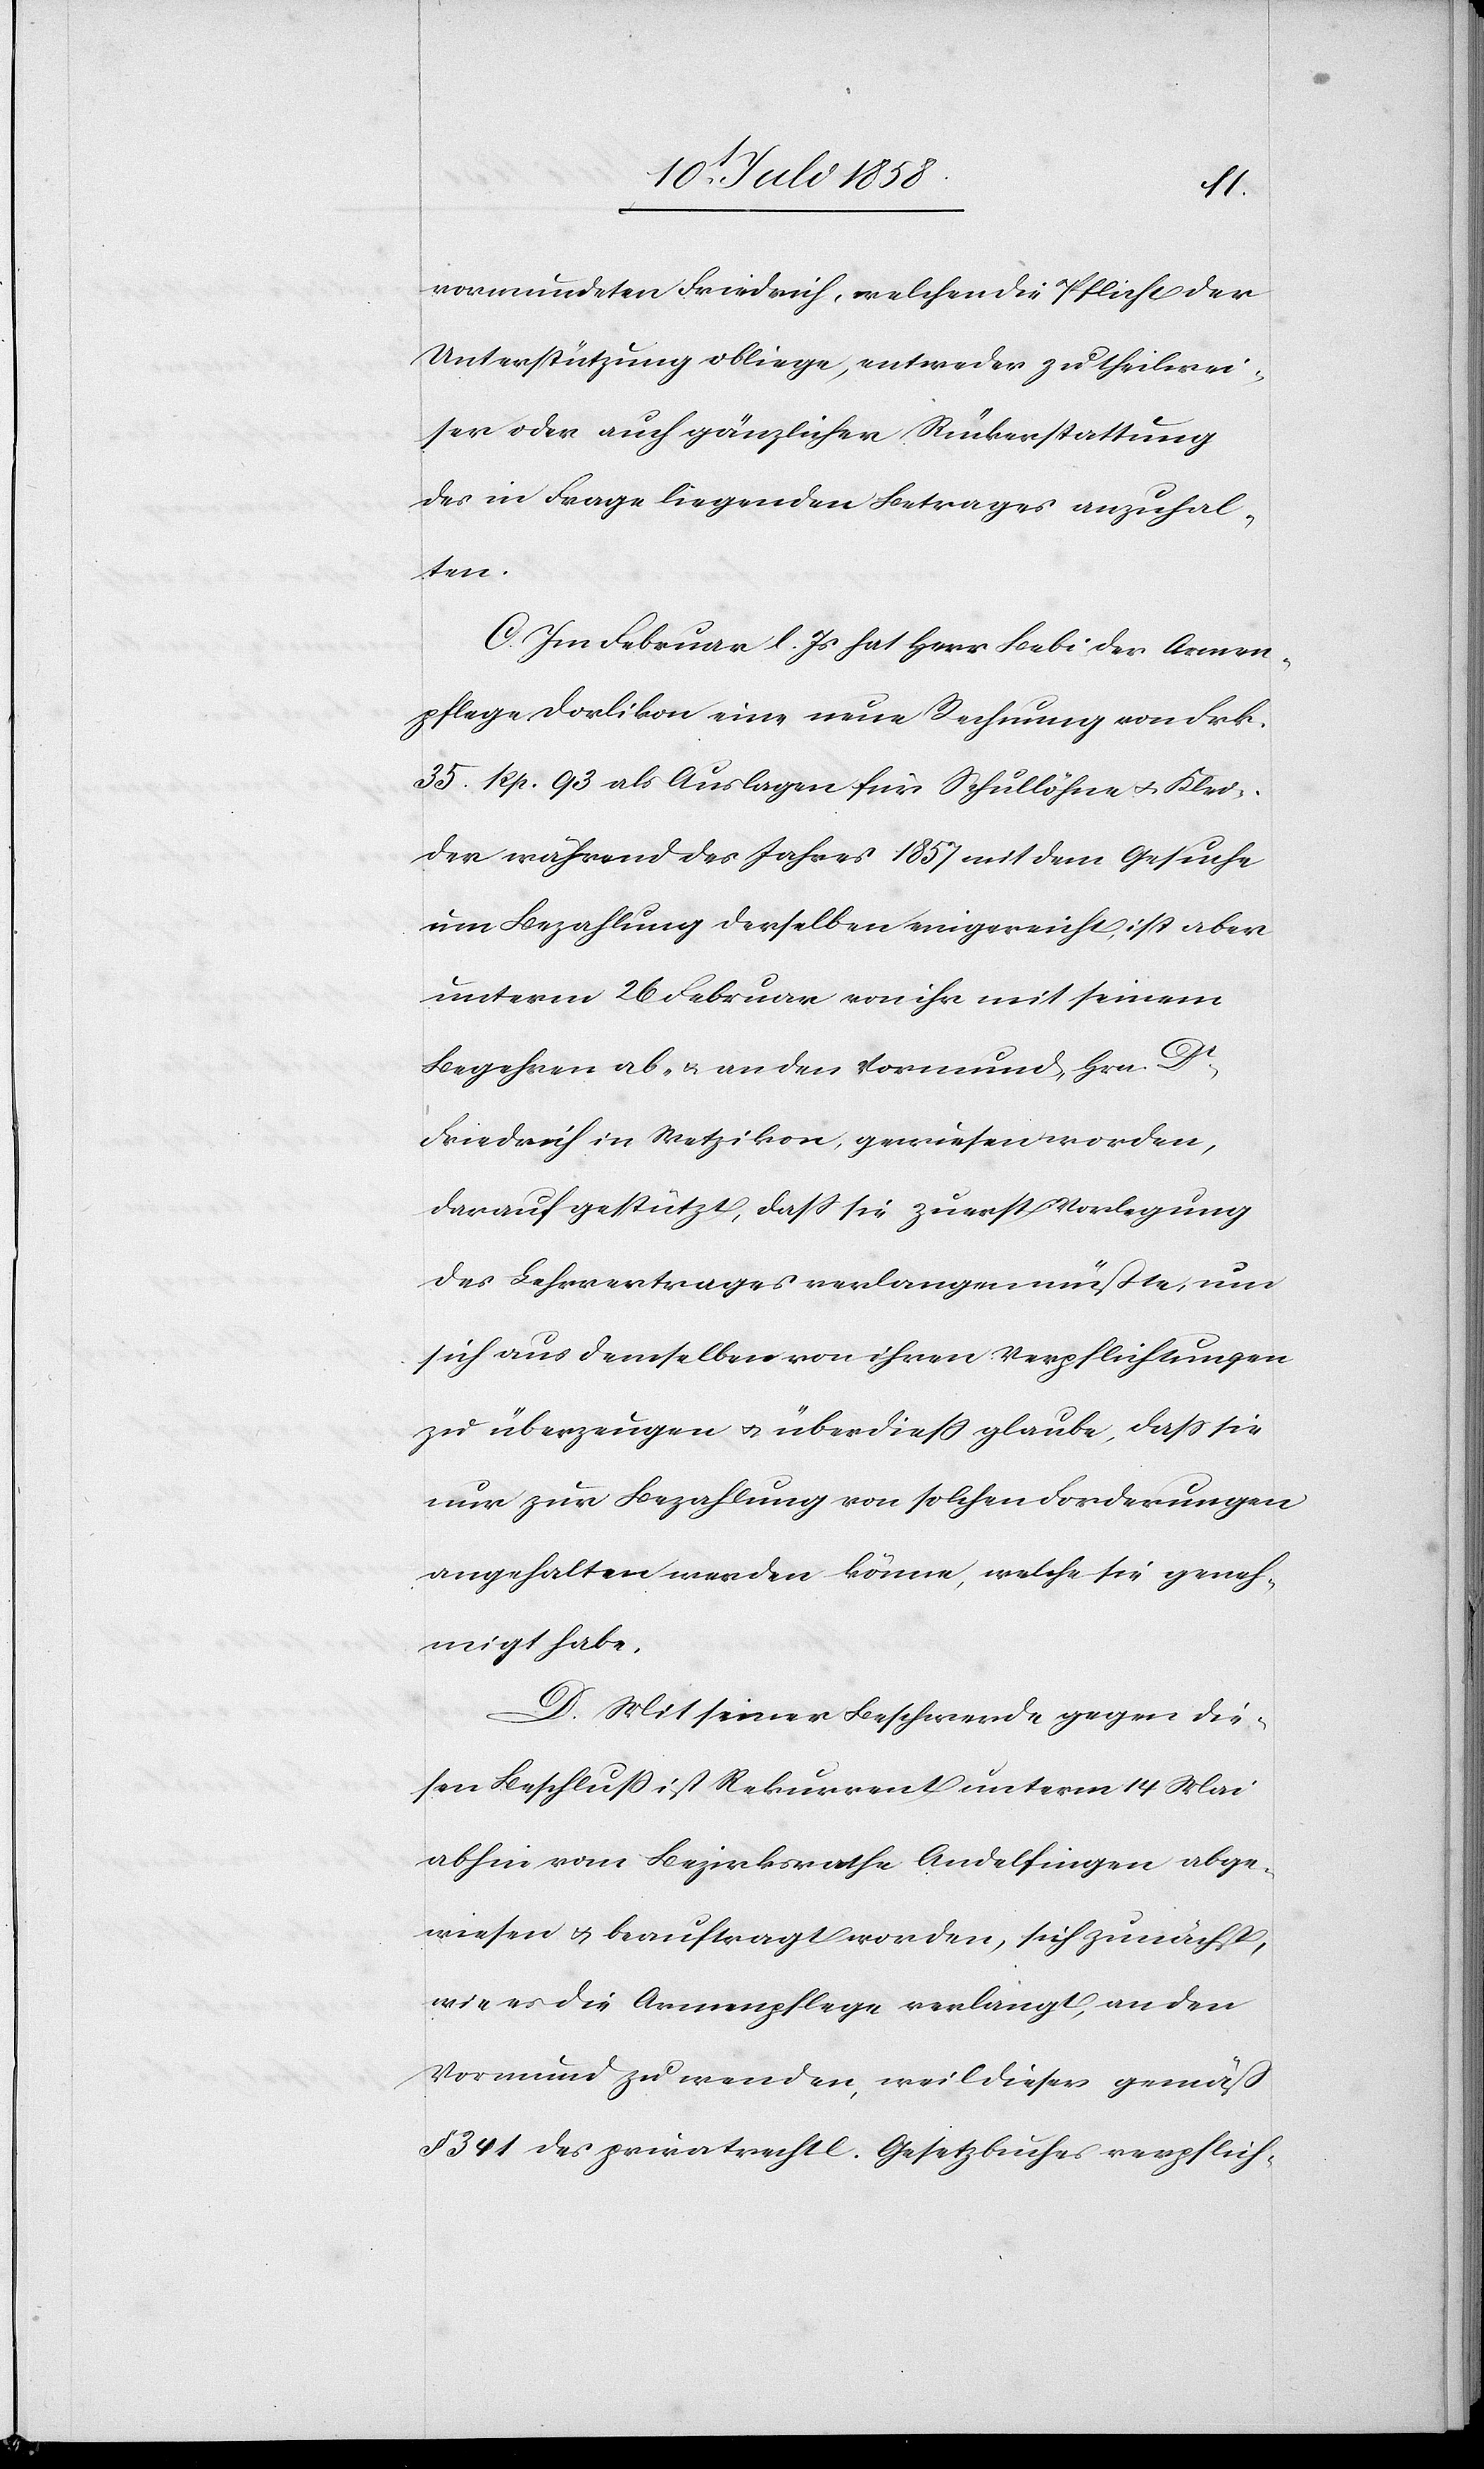
vormundeten Friedrich, welchen die Pflicht der
Unterstützung obliege, entweder zu theilwei¬
ser oder auch gänzlicher Rückerstattung
des in Frage liegenden Betrages anzuhal¬
ten.
C. Im Februar l. Js hat Herr Bebi der Armen¬
pflege Dorlikon eine neue Rechnung von Frk.
35. Rp. 93 als Auslagen für Schullöhne & Klei¬
der während des Jahres 1857 mit dem Gesuche
um Bezahlung derselben eingereicht, ist aber
unterm 26 Februar von ihr mit seinem
Begehren ab- & an den Vormund, Hrn. Dr
Friedrich in Wetzikon, gewiesen worden,
darauf gestützt, dass sie zuerst Vorlegung
des Lehrvertrages verlangen müßte, um
sich aus demselben von ihren Verpflichtungen
zu überzeugen & überdiess glaube, dass sie
nur zur Bezahlung von solchen Forderungen
angehalten werden könne, welche sie geneh¬
migt habe.
D. Mit seiner Beschwerde gegen die¬
sen Beschluß ist Rekurrent unterm 14 Mai
abhin vom Bezirksrathe Andelfingen abge¬
wiesen & beauftragt worden, sich zunächst,
wie es die Armenpflege verlangt, an den
Vormund zu wenden, weil dieser gemäß
§ 341 des privatrechtl. Gesetzbuches verpflich-